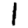
Digit: 1